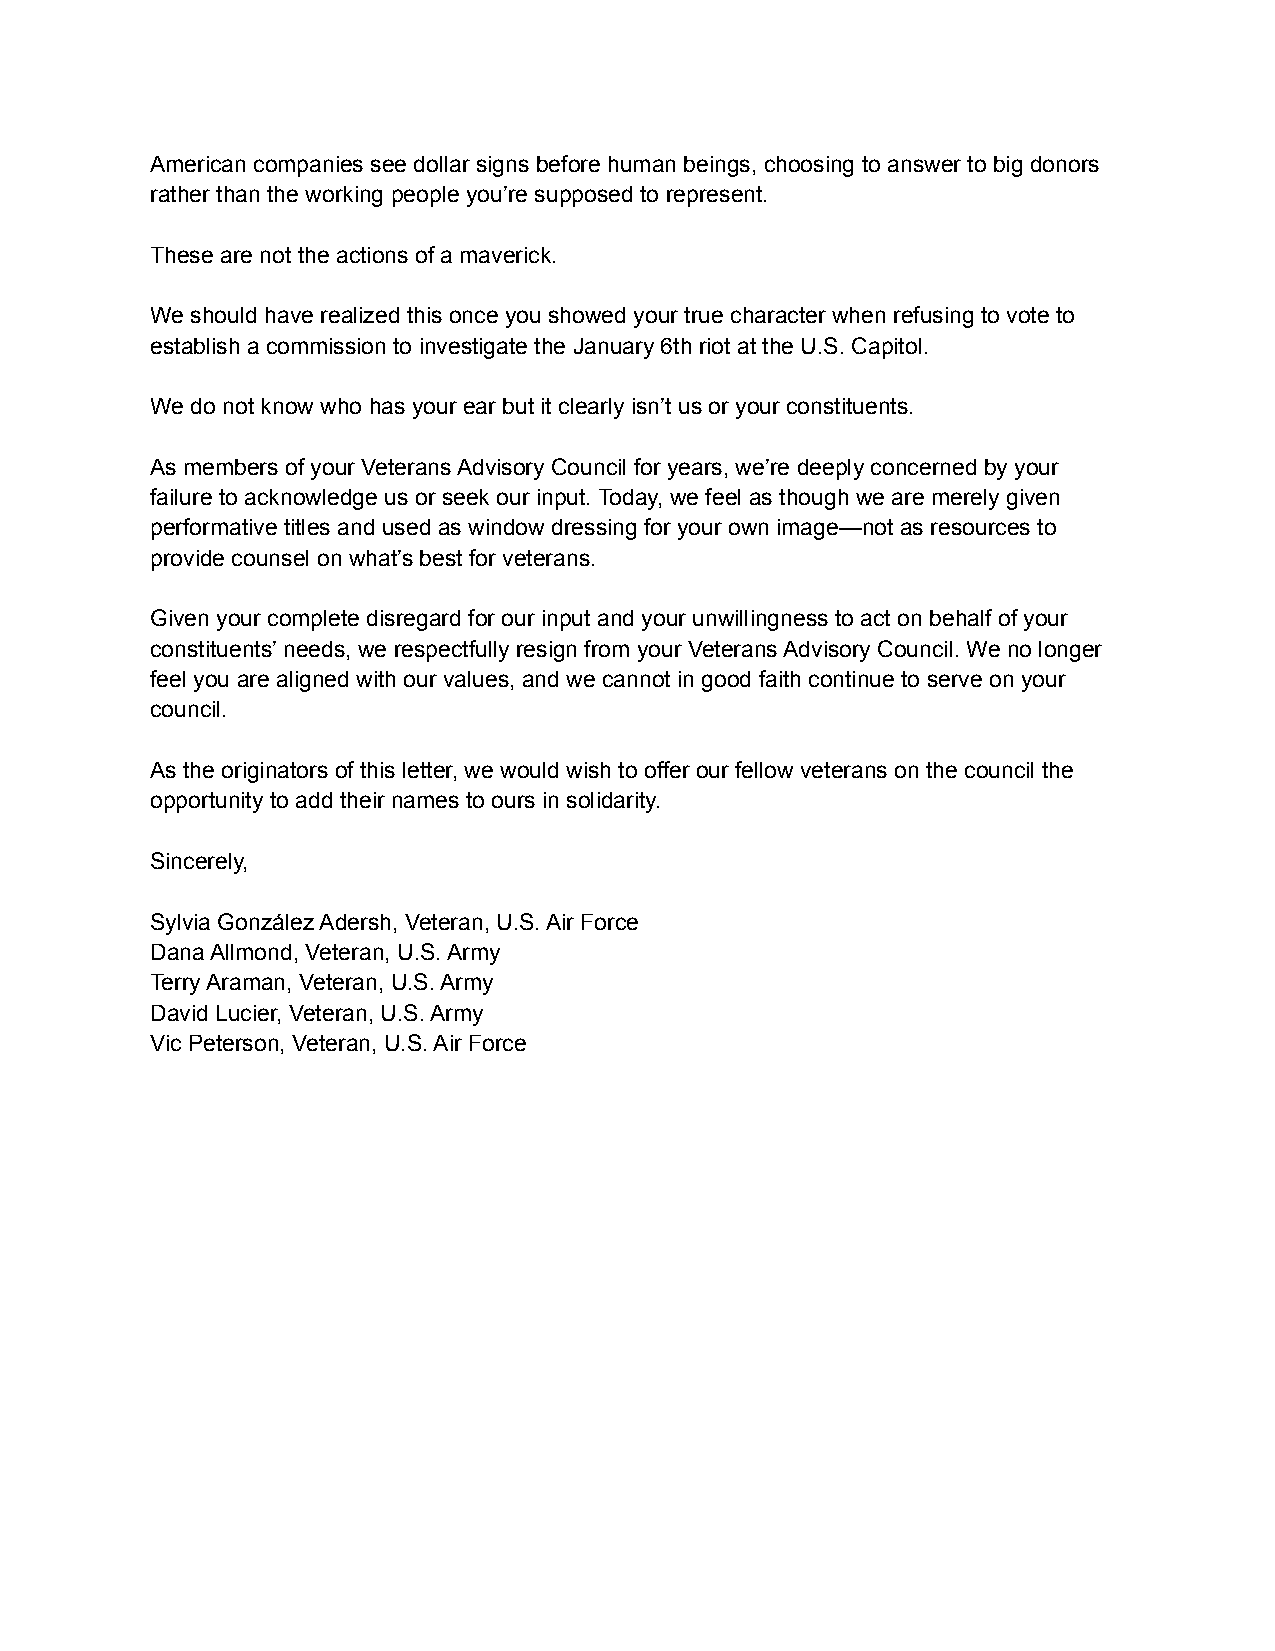
American companies see dollar signs before human beings, choosing to answer to big donors
 rather than the working people you’re supposed to represent.
 These are not the actions of a maverick.
 We should have realized this once you showed your true character when refusing to vote to
 establish a commission to investigate the January 6th riot at the U.S. Capitol.
 We do not know who has your ear but it clearly isn’t us or your constituents.
 As members of your Veterans Advisory Council for years, we’re deeply concerned by your
 failure to acknowledge us or seek our input. Today, we feel as though we are merely given
 performative titles and used as window dressing for your own image—not as resources to
 provide counsel on what’s best for veterans.
 Given your complete disregard for our input and your unwillingness to act on behalf of your
 constituents’ needs, we respectfully resign from your Veterans Advisory Council. We no longer
 feel you are aligned with our values, and we cannot in good faith continue to serve on your
 council.
 As the originators of this letter, we would wish to offer our fellow veterans on the council the
 opportunity to add their names to ours in solidarity.
 Sincerely,
 Sylvia González Adersh, Veteran, U.S. Air Force
 Dana Allmond, Veteran, U.S. Army
 Terry Araman, Veteran, U.S. Army
 David Lucier, Veteran, U.S. Army
 Vic Peterson, Veteran, U.S. Air Force